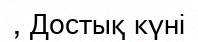
, Достық күні